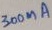
Text: 300mA